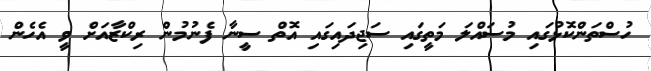
ހުސްތަންކޮޅުގައި މުސައްލަ މަތީގައި ސަޖިދައިގައި އޮތް ސީނާ ފެނުމުން ރިކްޒާއަށް ވީ އެހެން